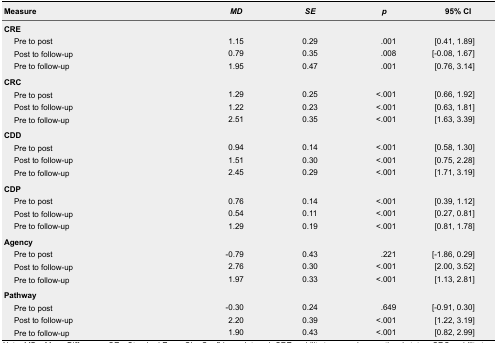
<table><thead><tr><td><b>Measure</b></td><td><b><i>MD</i></b></td><td><b><i>SE</i></b></td><td><b><i>p</i></b></td><td><b>95% CI</b></td></tr></thead><tbody><tr><td colspan="5"><b>CRE</b></td></tr><tr><td>Pre to post</td><td>1.15</td><td>0.29</td><td>.001</td><td>[0.41, 1.89]</td></tr><tr><td>Post to follow-up</td><td>0.79</td><td>0.35</td><td>.008</td><td>[-0.08, 1.67]</td></tr><tr><td>Pre to follow-up</td><td>1.95</td><td>0.47</td><td>.001</td><td>[0.76, 3.14]</td></tr><tr><td colspan="5"><b>CRC</b></td></tr><tr><td>Pre to post</td><td>1.29</td><td>0.25</td><td>&lt; .001</td><td>[0.66, 1.92]</td></tr><tr><td>Post to follow-up</td><td>1.22</td><td>0.23</td><td>&lt; .001</td><td>[0.63, 1.81]</td></tr><tr><td>Pre to follow-up</td><td>2.51</td><td>0.35</td><td>&lt; .001</td><td>[1.63, 3.39]</td></tr><tr><td colspan="5"><b>CDD</b></td></tr><tr><td>Pre to post</td><td>0.94</td><td>0.14</td><td>&lt; .001</td><td>[0.58, 1.30]</td></tr><tr><td>Post to follow-up</td><td>1.51</td><td>0.30</td><td>&lt; .001</td><td>[0.75, 2.28]</td></tr><tr><td>Pre to follow-up</td><td>2.45</td><td>0.29</td><td>&lt; .001</td><td>[1.71, 3.19]</td></tr><tr><td colspan="5"><b>CDP</b></td></tr><tr><td>Pre to post</td><td>0.76</td><td>0.14</td><td>&lt; .001</td><td>[0.39, 1.12]</td></tr><tr><td>Post to follow-up</td><td>0.54</td><td>0.11</td><td>&lt; .001</td><td>[0.27, 0.81]</td></tr><tr><td>Pre to follow-up</td><td>1.29</td><td>0.19</td><td>&lt; .001</td><td>[0.81, 1.78]</td></tr><tr><td colspan="5"><b>Agency</b></td></tr><tr><td>Pre to post</td><td>-0.79</td><td>0.43</td><td>.221</td><td>[-1.86, 0.29]</td></tr><tr><td>Post to follow-up</td><td>2.76</td><td>0.30</td><td>&lt; .001</td><td>[2.00, 3.52]</td></tr><tr><td>Pre to follow-up</td><td>1.97</td><td>0.33</td><td>&lt; .001</td><td>[1.13, 2.81]</td></tr><tr><td colspan="5"><b>Pathway</b></td></tr><tr><td>Pre to post</td><td>-0.30</td><td>0.24</td><td>.649</td><td>[-0.91, 0.30]</td></tr><tr><td>Post to follow-up</td><td>2.20</td><td>0.39</td><td>&lt; .001</td><td>[1.22, 3.19]</td></tr><tr><td>Pre to follow-up</td><td>1.90</td><td>0.43</td><td>&lt; .001</td><td>[0.82, 2.99]</td></tr></tbody></table>